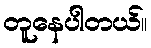
တူနေပါတယ်။